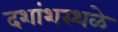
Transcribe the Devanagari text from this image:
दशांशस्थळे